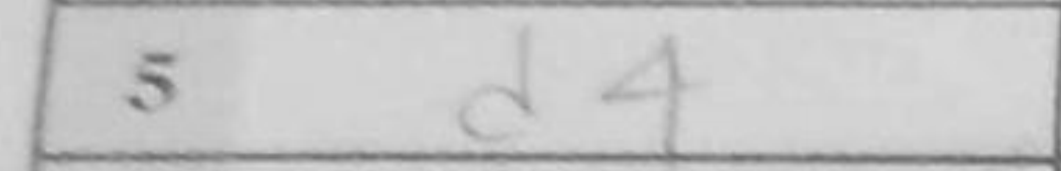
Transcription: d4